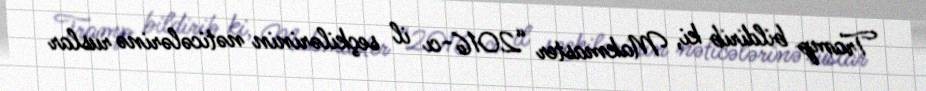
Tramp bildirib ki, Makmaster “2016-cı il seçkilərinin nəticələrinə ruslar